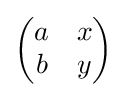
{\begin{pmatrix}a&x\\b&y\end{pmatrix}}